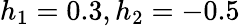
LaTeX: h_{1}=0.3,h_{2}=-0.5